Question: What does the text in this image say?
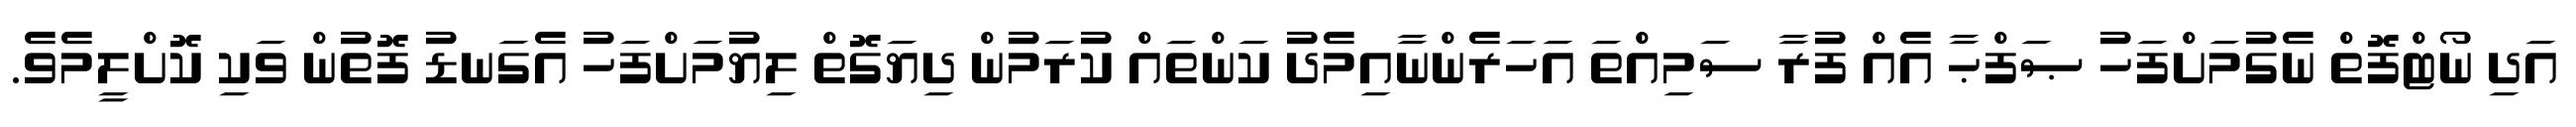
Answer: އަދި ނޯޓްފޮތް ނެގުމަށްފަހު ޞަފްޙާ އެއް ފުރާ ސަމިއްތަ އަހަރެންނާއިމެދު ކަންތައް ކުރަމުން ދިޔަގޮތް ލިޔުމަށްފަހު އެގަނޑު ފޮތުން ވަކި ކޮށްލީމެވެ.